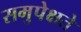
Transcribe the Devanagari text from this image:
समुपेक्षते